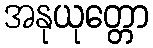
အနုယုတ္တော